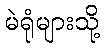
မဲရုံများသို့